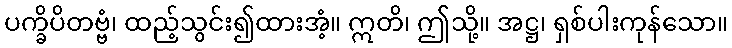
ပက္ခိပိတဗ္ဗံ၊ ထည့်သွင်း၍ထားအံ့။ ဣတိ၊ ဤသို့။ အဋ္ဌ၊ ရှစ်ပါးကုန်သော။